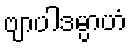
ဗျာပါဒမ္ပာဟံ